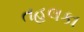
તહલકા